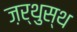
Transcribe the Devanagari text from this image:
ज़र्थुस्थ